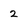
Character: 2